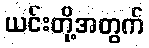
ယင်းတို့အတွက်